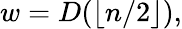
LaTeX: w=D(\lfloor n/2\rfloor),